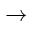
\rightarrow